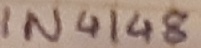
Text: IN4148